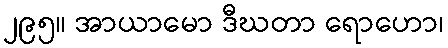
၂၉၅။ အာယာမော ဒီဃတာ ရောဟော၊